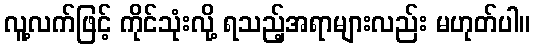
လူ့လက်ဖြင့် ကိုင်သုံးလို့ ရသည့်အရာများလည်း မဟုတ်ပါ။